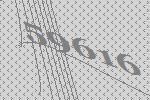
59616